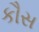
કૌસ